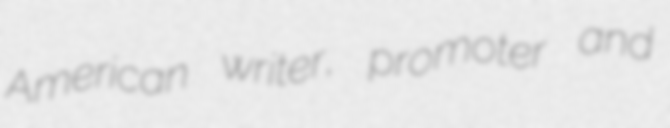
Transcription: American writer, promoter and